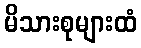
မိသားစုများထံ